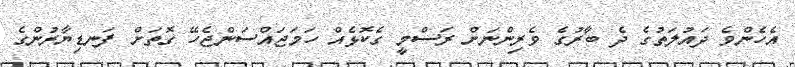
އެހެންވެ ދައުލަތުގެ ދެ ބާރުގެ ވެރިންނަށް ރަސްމީ ގެކޮޅެއް ހަމަޖައްސަންޖެހޭ ގޮތަށް ފަނޑިޔާރުންގެ